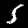
Label: 5